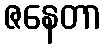
ဇနေတာ